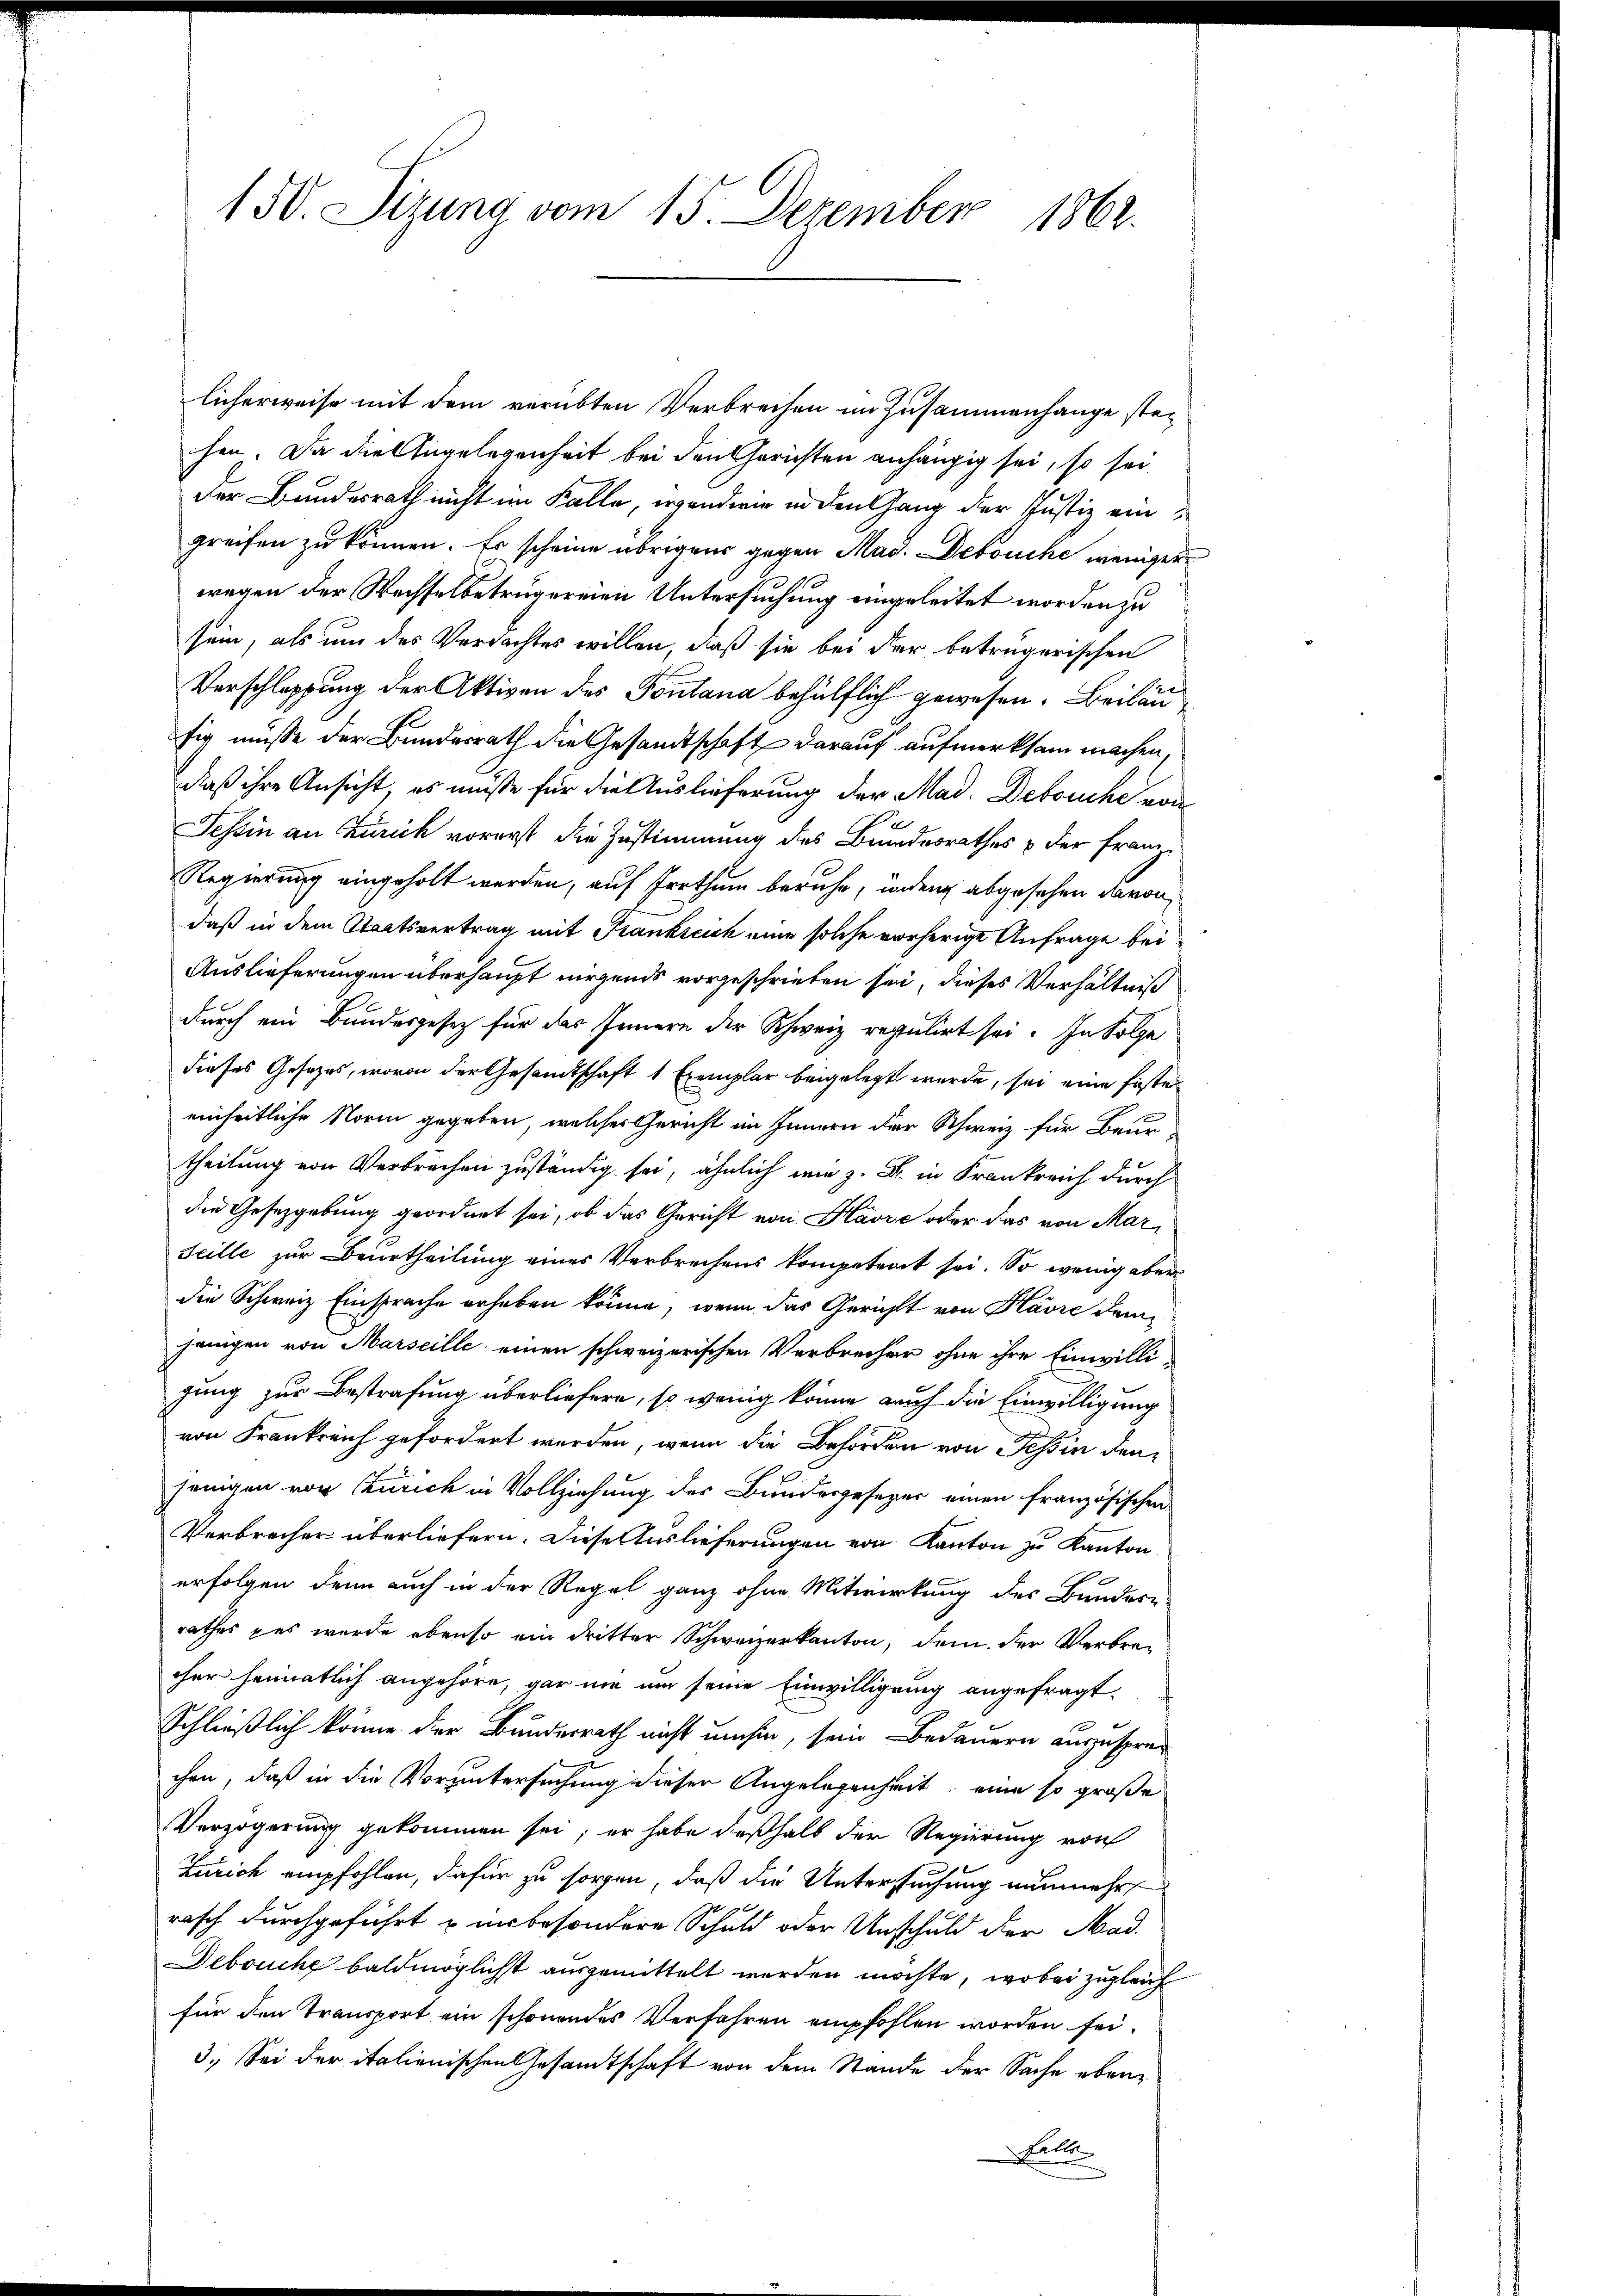
150. Sizung vom 15. Dezember 1862.

licherweise mit dem verübten Verbrechen im Zusammenhange steihen. Da die Angelegenheit bei den Gerichten anhängig sei, so sei.
Der Bundesrath nicht im Kalle, wendwie in den Gang der Justiz eingreifen zu können. Es scheine übrigens gegen Mad. Debouche weniger
wegen der Wechselbetrügereien Untersuchung eingeleitet worden zu
sein, als um des Verdachtes willen, daß sie bei der betrügerischen
Verschleppung der Aktiven des Fontana behülflich gewesen. Beilaufig müsse der Bundesrath die Gesandtschaft darauf aufmerksam machen,
daß ihre Ansicht, es müße für die Auslieferung der Mad. Debouche von
Tessin an Zürich vorerst die Zustimmung des Bundesrathes & der Franz
Regierung eingeholt werden, auf Irrthum beruhe, inder abgesehen davon
daß in dem Staatsvertrag mit Frankreich eine solche vorherige Anfrage bei
Auslieferungen überhaupt nirgends vorgeschrieben sei, dieses Verhältniß
durch ein Bundesgesetz für das Innern der Schweiz regulirt sei. In Folge
dieses Gesetzes, wovon der Gesandtschaft 1 Exemplar beigelegt wurde, sei eine feste
einheitliche Norm gegeben, welches Gericht im Innern der Schweiz für Beurtheilung von Verbrechen zuständig sei, ähnlich wie z. B. in Frankreich durch
die Gesetzgebung geordnet sei, ob das Gericht von Havre oder das von Marseille zur Beurtheilung eines Verbrechens kompetent sei. So wenig aber
die Schweiz Einsprache erheben könne, wenn das Gerichtt von Havre dem
jenigen von Marseille einen schweizerischen Verbrecher ohne ihre Einwilligung zur Bestrafung überliefern, so wenig könne auch die Einwilligung
von Frankreich gefordert werden, wenn die Behörden von Tessin denjenigen von Zürich in Vollziehung des Bundesgesezer einen französischen
Verbrecher überliefern. Diese Auslieferungen von Kanton zu Kanton
erfolgen denn auch in der Regel ganz ohne Mitwirkung des Bundere
rathes pas wurde ebenso ein dritter Schweizerkanton, dem der Verbrecher heimatlich angehöre, gar nie um seine Einwilligung angefragt.
e
Schließlich könne der Bundesrath nicht umhin, sein Bedauern auszusprec
chen, daß in die Voruntersuchung dieser Angelegenheit, eine so große
Verzögerung gekommen sei; er habe deßhalb der Regierung von
Zürich empfohlen, dafür zu sorgen, daß die Untersuchung nunmehrt
rasch durchgeführt u unbesondere Schuld oder Unschuld der Mad.
Debouche baldmöglicht ausgemittelt werden möchte, wobei zugleich
für den Transport ein schonendes Verfahren empfohlen worden sei.
3. Sei der italienischen Gesamtschaft von dem Stande der Sache eben¬
Fel